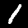
Digit: 1